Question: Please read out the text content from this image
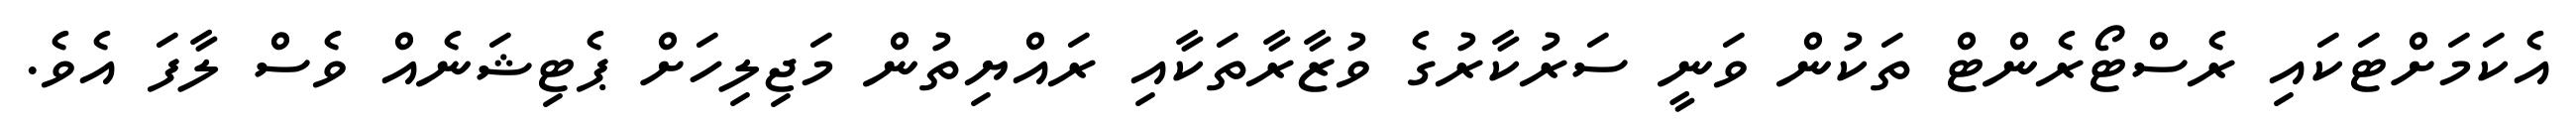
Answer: އެކަމަށްޓަކައި ރެސްޓޯރެންޓް ތަކުން ވަނީ ސަރުކާރުގެ ވުޒާރާތަކާއި ރައްޔިތުން މަޖިލިހަށް ޕެޓިޝަނެއް ވެސް ލާފަ އެވެ.